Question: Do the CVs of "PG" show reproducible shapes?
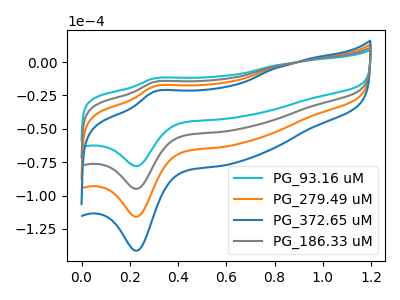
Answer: <think>The cyan curve "PG_93.16 uM" has an anodic peak at (0.30V, -12.25uA) and a cathodic peak at (0.25V, -77.90uA). The orange curve "PG_279.49 uM" has an anodic peak at (0.30V, -29.90uA) and a cathodic peak at (0.25V, -190.10uA). The blue curve "PG_372.65 uM" has an anodic peak at (0.30V, -44.80uA) and a cathodic peak at (0.25V, -285.15uA). The gray curve "PG_186.33 uM" has an anodic peak at (0.30V, -14.95uA) and a cathodic peak at (0.25V, -95.05uA).
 All the peaks in "PG_93.16 uM" have a peak in "PG_279.49 uM" at the same potential. All the peaks in "PG_93.16 uM" have a peak in "PG_372.65 uM" at the same potential. All the peaks in "PG_93.16 uM" have a peak in "PG_186.33 uM" at the same potential. All the peaks in "PG_279.49 uM" have a peak in "PG_372.65 uM" at the same potential. All the peaks in "PG_279.49 uM" have a peak in "PG_186.33 uM" at the same potential. All the peaks in "PG_372.65 uM" have a peak in "PG_186.33 uM" at the same potential.</think>
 <answer>All the CV's of "PG" have similar shape.</answer>
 <eval>follow_rule</eval>